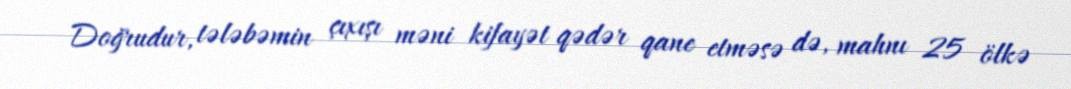
Doğrudur, tələbəmin çıxışı məni kifayət qədər qane etməsə də, mahnı 25 ölkə